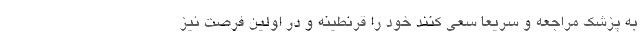
به پزشک مراجعه و سریعا سعی کنند خود را قرنطینه و در اولین فرصت نیز